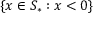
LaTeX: \{ x \in S _ { * } : x < 0 \}